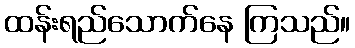
ထန်းရည်သောက်နေ ကြသည်။